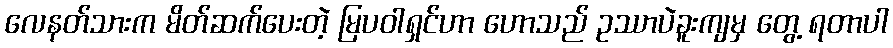
လေနတ်သားက မိတ်ဆက်ပေးတဲ့ မြပဝါရှင်ဟာ ဟောသည် ဥဿာပဲခူးကျမှ တွေ့ ရတာပါ